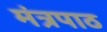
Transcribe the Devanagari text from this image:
मंत्रपाठ